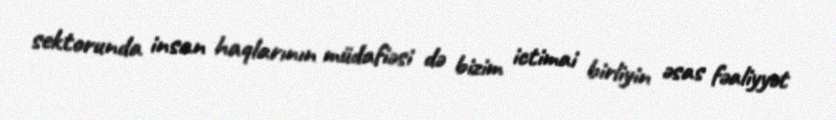
sektorunda insan haqlarının müdafiəsi də bizim ictimai birliyin əsas fəaliyyət